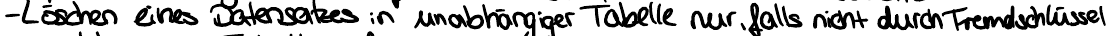
- Löschen eines Datensatzes in unabhängiger Tabelle nur, falls nicht durch Fremdschlüssel